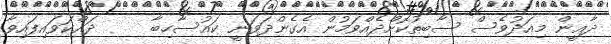
ދާޢީން މިއަދުވެސް ސާބިތުކޮށްދެއްވަމުން އެގެންދަވަނީ ކައުސާހިބާ     ދައްކަވައިފައިވާ